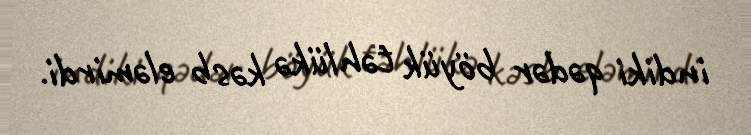
indiki qədər böyük təhlükə kəsb eləmirdi.